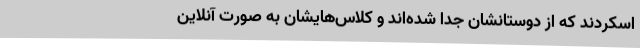
اسکردند که از دوستانشان جدا شده‌اند و کلاس‌هایشان به صورت آنلاین